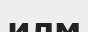
илм